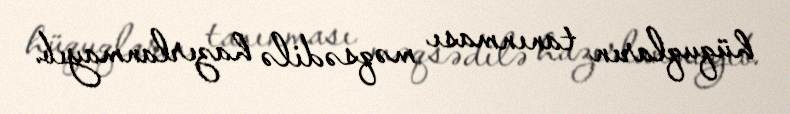
hüquqların tanınması məqsədilə hazırlanmayıb.